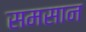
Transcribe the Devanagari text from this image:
समसान